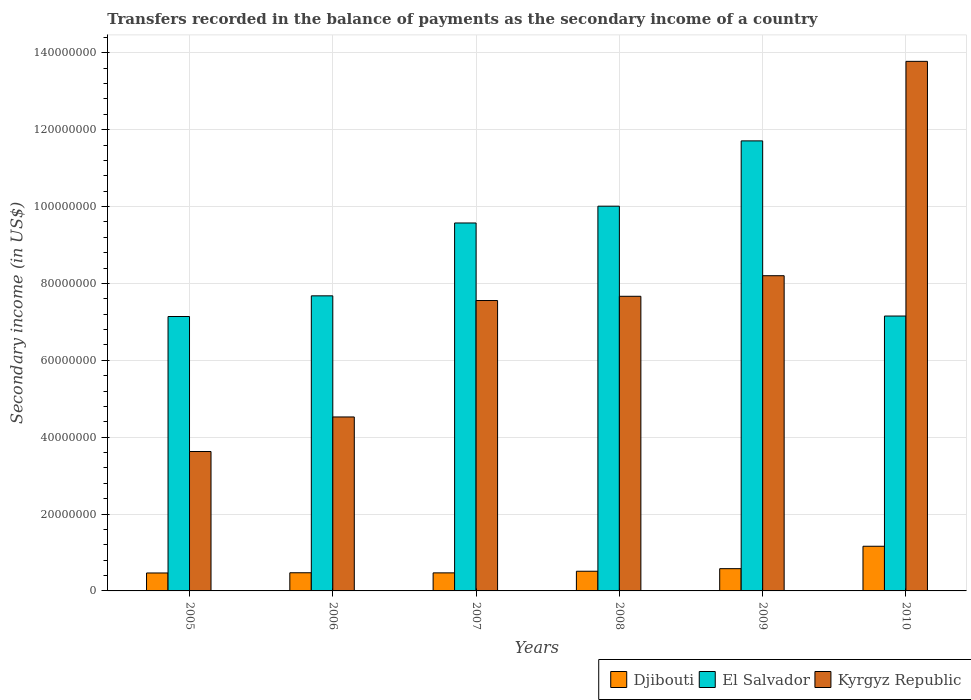
| Years | Djibouti | El Salvador | Kyrgyz Republic |
 | --- | --- | --- | --- |
 | 2005 | 4.67e+06 | 7.14e+07 | 3.63e+07 |
 | 2006 | 4.73e+06 | 7.68e+07 | 4.53e+07 |
 | 2007 | 4.7e+06 | 9.57e+07 | 7.56e+07 |
 | 2008 | 5.12e+06 | 1e+08 | 7.67e+07 |
 | 2009 | 5.79e+06 | 1.17e+08 | 8.2e+07 |
 | 2010 | 1.16e+07 | 7.15e+07 | 1.38e+08 |